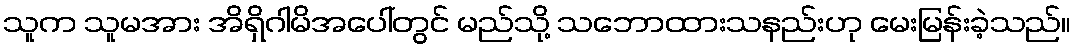
သူက သူမအား အိရှိဂါမိအပေါ်တွင် မည်သို့ သဘောထားသနည်းဟု မေးမြန်းခဲ့သည်။